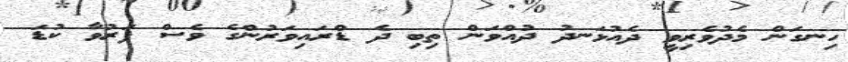
ހިނގަން މެދުވެރިވީ ދެއުޅަނދު ދުއްވަން ތިބި ދެ ޑްރައިވަރުންގެ ވެސް ފަރުވާ ކުޑަ